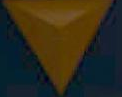
7